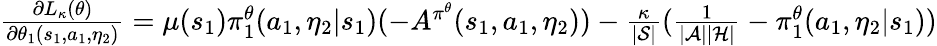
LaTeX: \begin{array}{r}{\frac{\partial L_{\kappa}(\theta)}{\partial\theta_{1}(s_{1},a_{1},\eta_{2})}=\mu(s_{1})\pi_{1}^{\theta}(a_{1},\eta_{2}|s_{1})(-A^{\pi^{\theta}}(s_{1},a_{1},\eta_{2}))-\frac{\kappa}{|\mathcal{S}|}(\frac{1}{|\mathcal{A}||\mathcal{H}|}-\pi_{1}^{\theta}(a_{1},\eta_{2}|s_{1}))}\end{array}